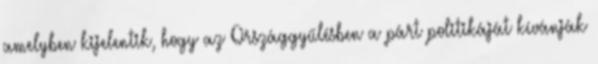
amelyben kijelentik, hogy az Országgyűlésben a párt politikáját kívánják